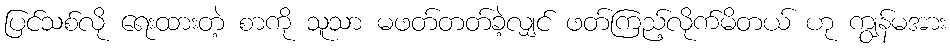
ပြင်သစ်လို ရေးထားတဲ့ စာကို သူသာ မဖတ်တတ်ခဲ့လျှင် ဖတ်ကြည့်လိုက်မိတယ် ဟု ကျွန်မအား